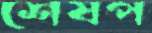
শেষপ